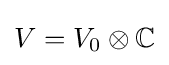
V=V_{0}\otimes \mathbb {C}